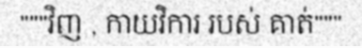
"""វិញ , កាយវិការ របស់ គាត់"""